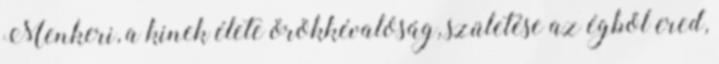
Menkeri, a kinek élete örökkévalóság, születése az égből ered,